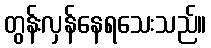
တွန်းလှန်နေရသေးသည်။